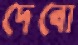
দেবো